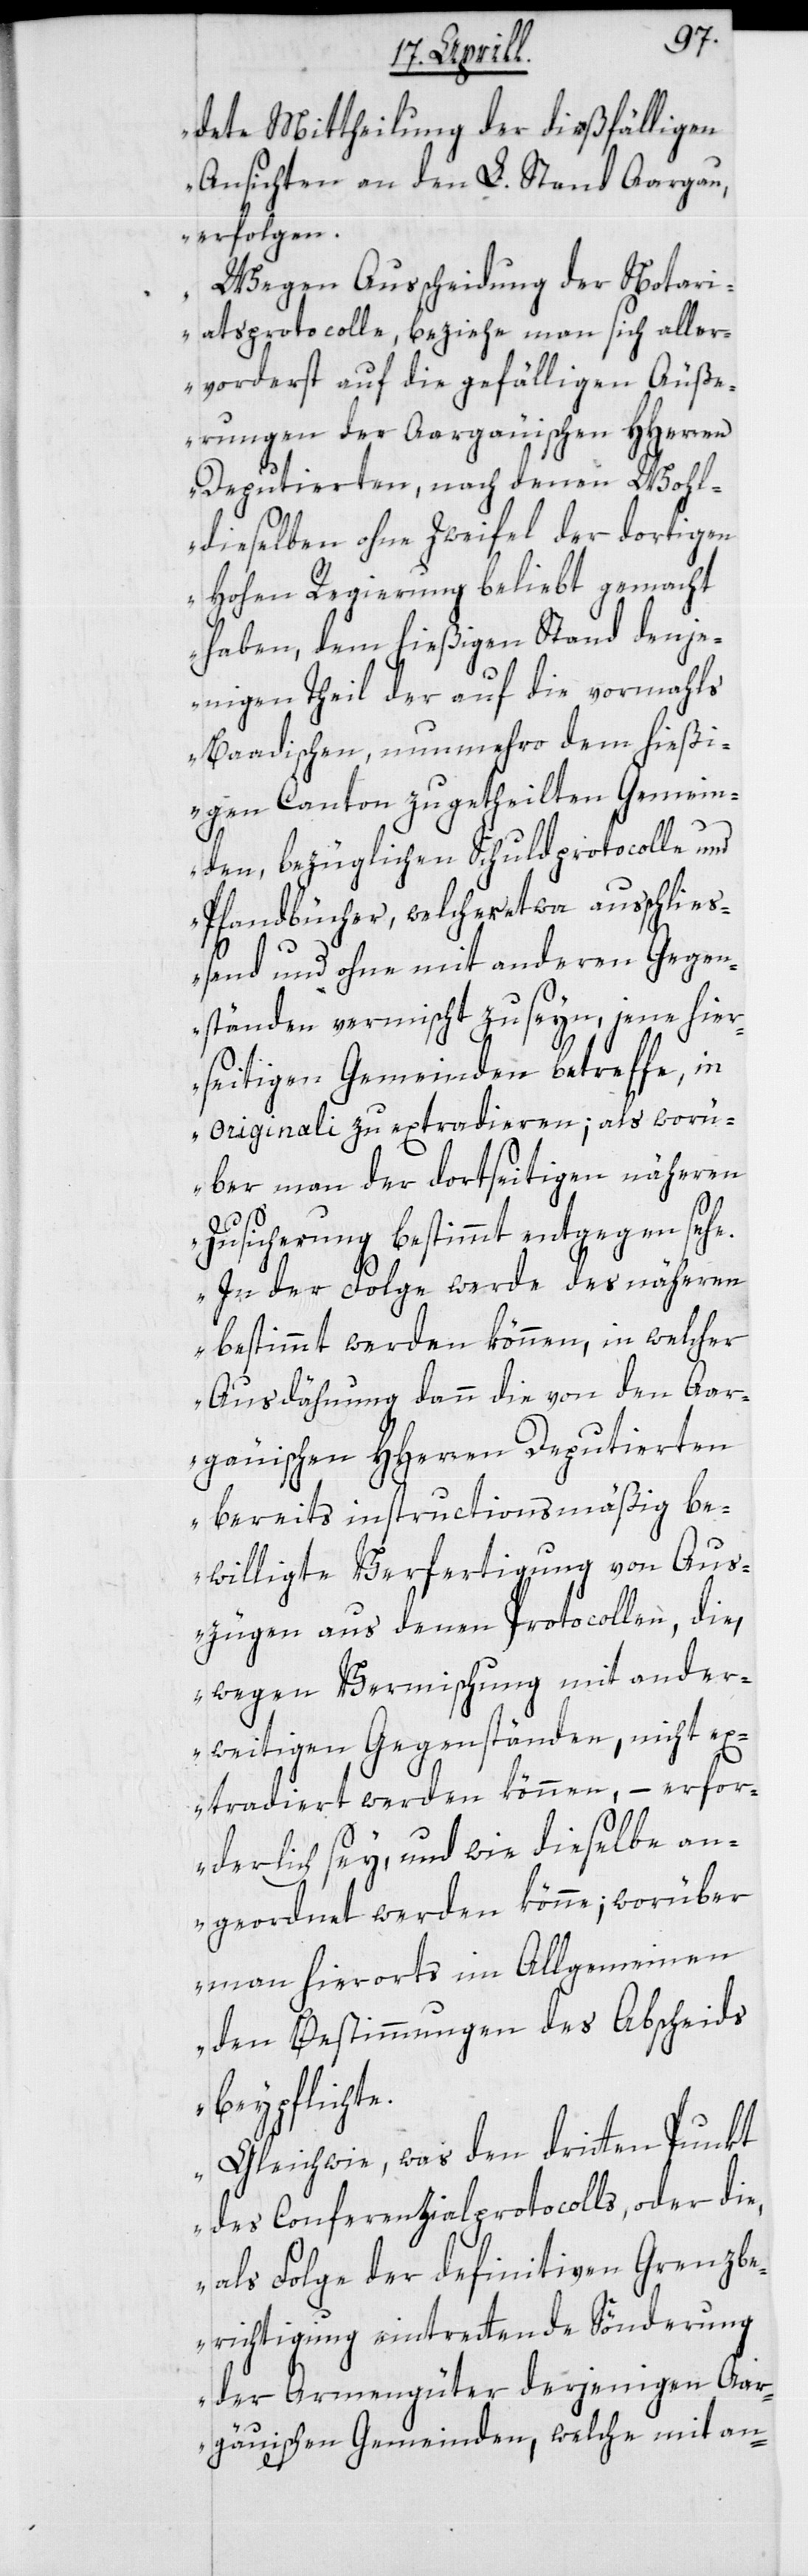
dete Mittheilung der dießfälligen
Ansichten an den L. Stand Aargau
erfolgen.
Wegen Ausscheidung der Notari¬
atsprotocolle, beziehe man sich aller¬
vorderst auf die gefälligen Äuße¬
rungen der Aargauischen HHerren
Deputierten, nach denen Wohl¬
dieselben ohne Zweifel der dortigen
hohen Regierung beliebt gemacht
haben, dem hießigen Stand denje¬
nigen Theil der auf die vormahls
Baadischen, nunmehro dem hießi¬
gen Canton zugetheilten Gemein¬
den, bezüglichen Schuldprotocolle und
Pfandbücher, welcher etwa ausschließ¬
end und ohne mit andern Gegen¬
ständen vermischt zu seyn, jene hier¬
seitigen Gemeinden betreffe, in
originali zu extradieren; als worü¬
ber man der dortseitigen näheren
Zusicherung bestimmt entgegen sehe.
In der Folge werde des näheren
bestimmt werden können, in welcher
Ausdähnung dann die von den Aar¬
gauischen HHerren Deputierten
bereits instructionsmäßig be¬
willigte Verfertigung von Aus¬
zügen aus denen Protocollen, die,
wegen Vermischung mit ander¬
weitigen Gegenständen, nicht ex¬
tradiert werden können, – erfor¬
derlich sey, und wie dieselbe an¬
gerechnet werden könne; worüber
man hierorts im Allgemeinen
den Bestimmungen des Abscheids
beypflichte.
Gleichwie, was den dritten Punkt
des Conferenzialprotocolls, oder die,
als Folge der definitiven Grenzbe¬
richtigung eintrettende Sönderung
der Armengüter derjenigen Aar¬
gäuischen Gemeinden, welche mit an-